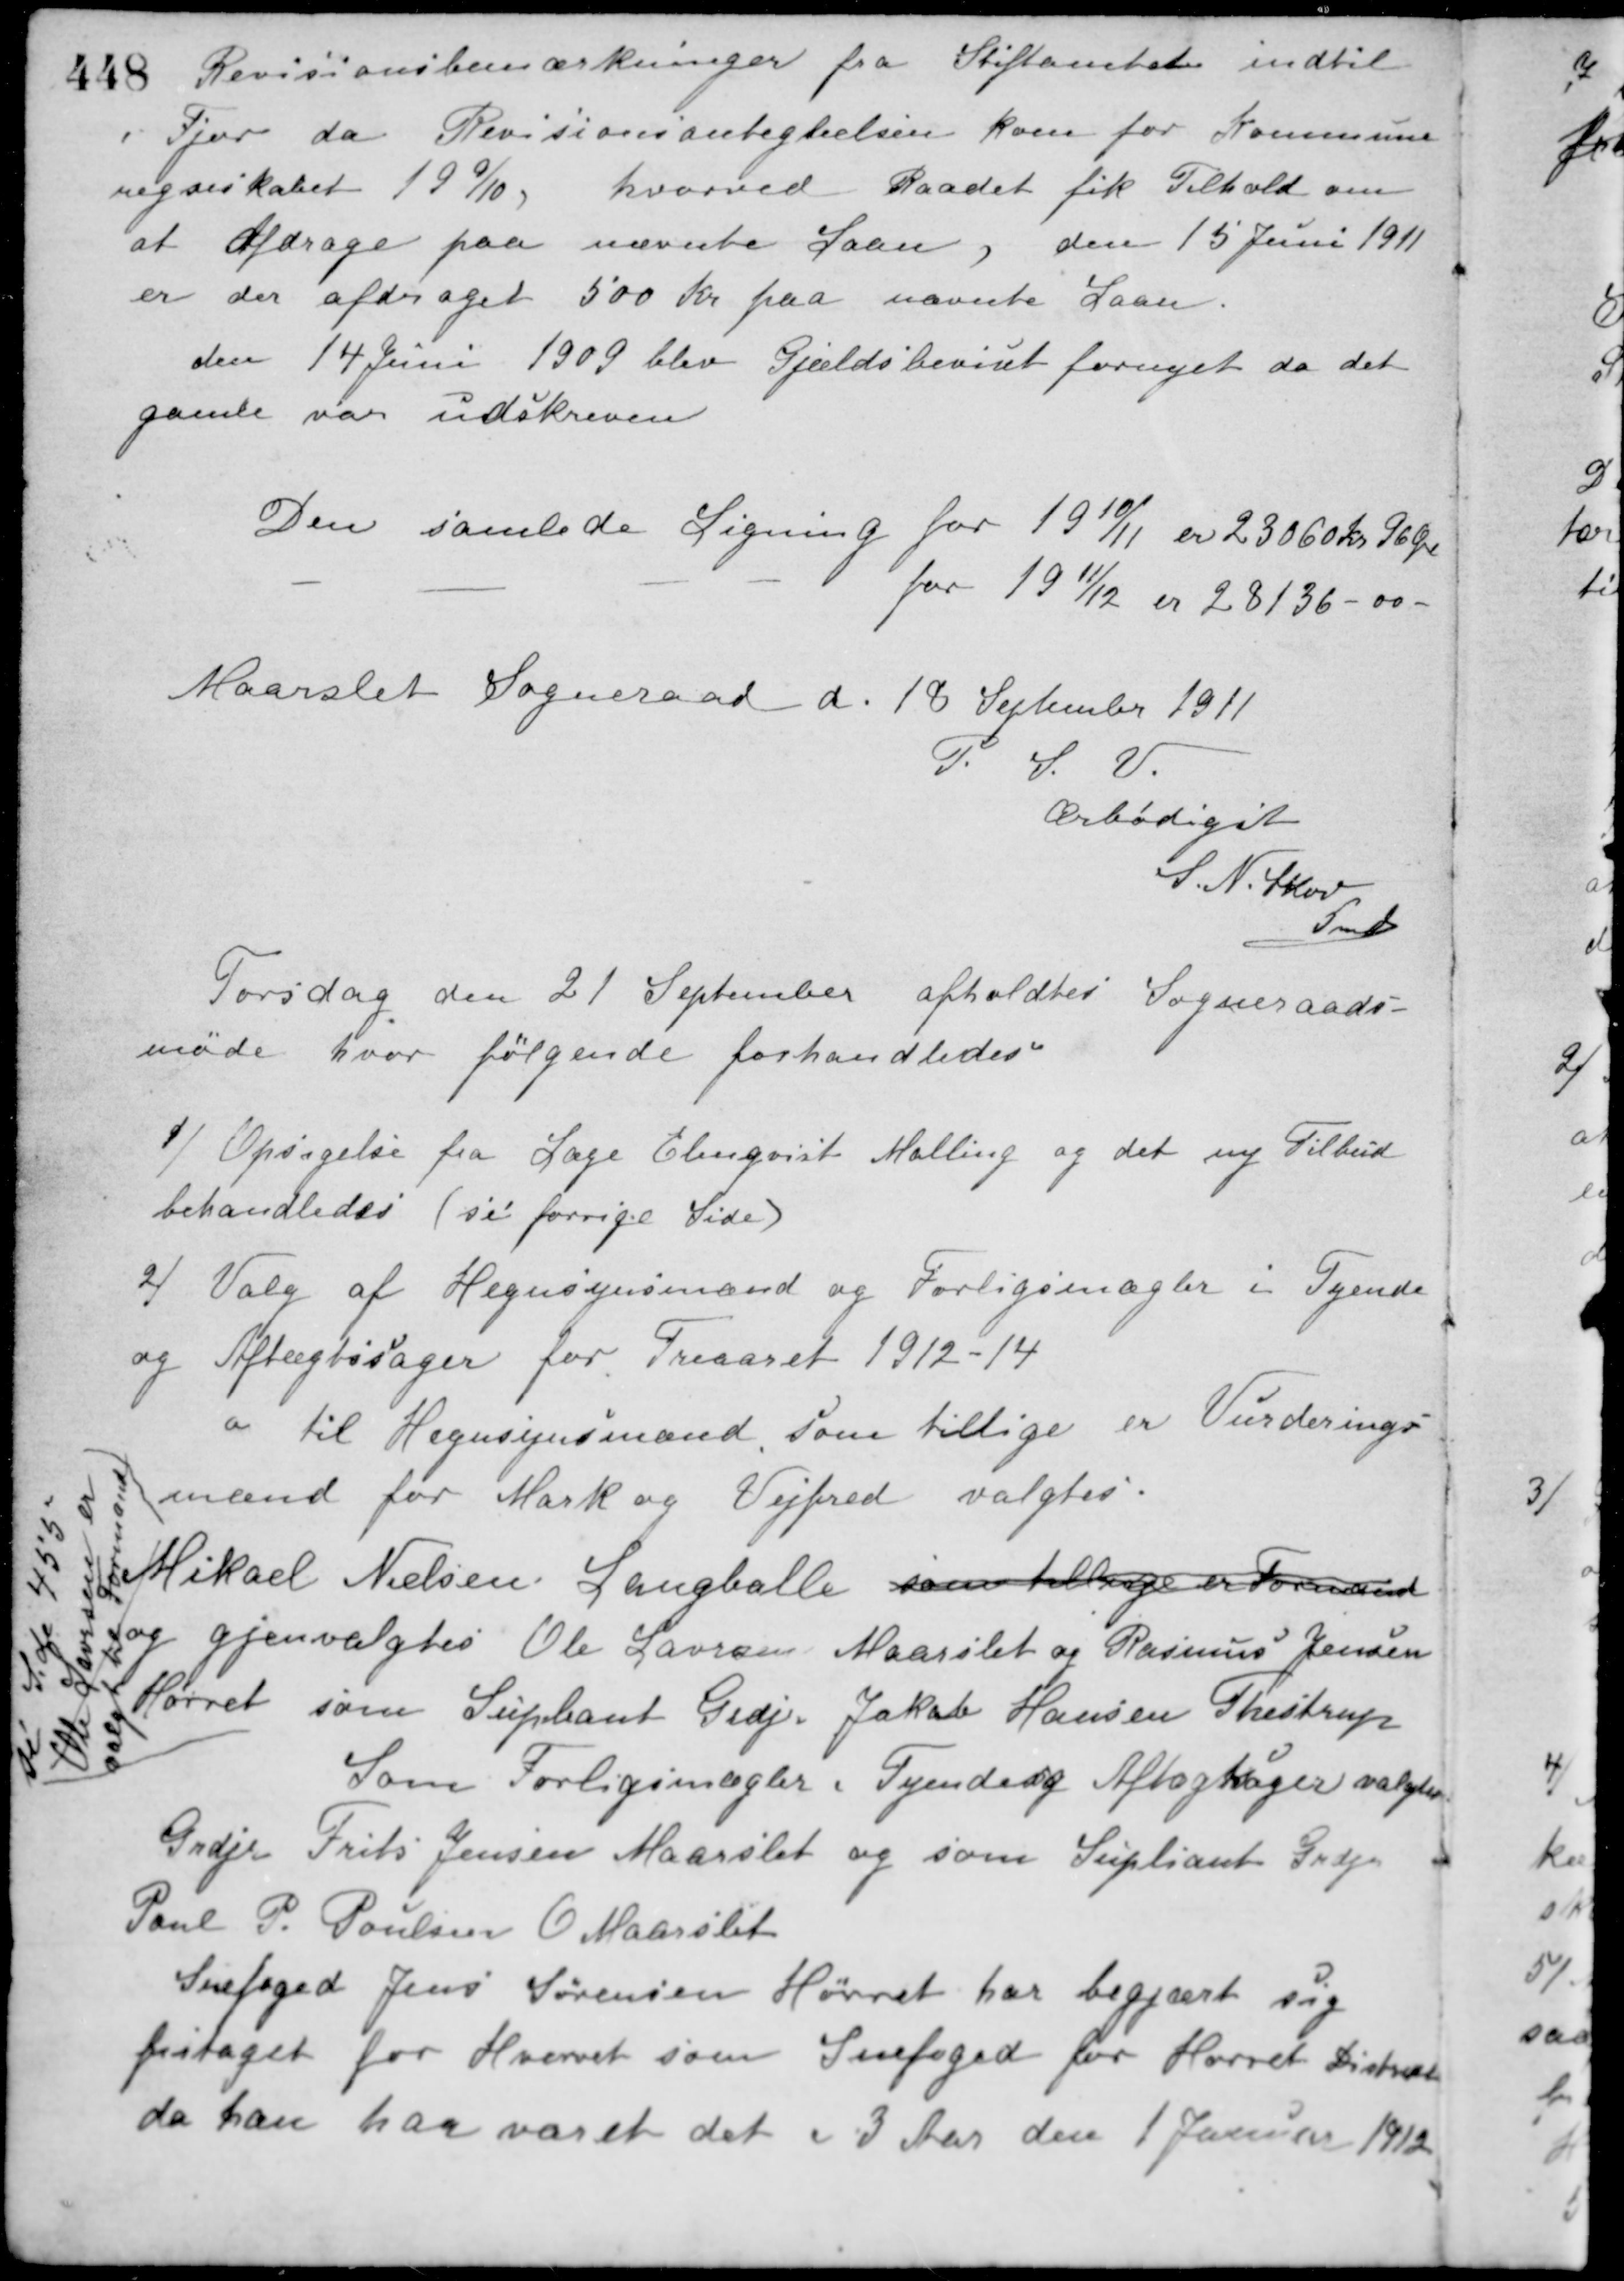
Transskription:
Revisionsbemærkninger fra Stiftamtet indtil
i Fjor da Revisionsantegtelsen kom for Kommune-
regneskabet 199/10 hvorved Raadet fik Tilhold om
at Afdrage paa nævnte Laan, den 15 Juni 1911
er der afdraget 500 Kr. paa nævnte Laan.
den 14 Juni 1909 blev Gjældsbeviset fornyet da det
gamle var udskreven.
Den samlede Ligning for 1910/11 er 23060 kr. 96 Øre
- - - for 1911/12 er 28136 - 00 -
Maarslet Sogneraad d. 18 September 1911
P. S. V.
Ærbødigst
S. N. Skov
Fmd.
Torsdag den 21 September afholdtes Sogneraads-
møde hvor følgende forhandledes
1/ Opsigelse fra Læge Elmqvist Malling og det ny Tilbud
behandledes (se forrige Side).
2/ Valg af Hegnsynsmænd og Forligsmægler i Tyende
og Aftægtssager for Treaaret 1912-14.
a til Hegnsynsmænd som tillige er Vurderings-
mænd for Mark og Vejfred valgtes.
Mikael Nielsen, Langballe som tillige Formand
og gjenvalgtes Ole Laursen Maarslet og Rasmus Jensen
Hørret som Supleant Grdjr. Jakob Hansen Thestrup
(Se Side 455
Ole Laursen er
valgt til Formand)
Som Forligsmægler i Tyende og Aftægtsager valgtes
Grdjr. Frits Jensen Maarslet og som Supliant Grdjr.
Poul P. Poulsen O. Maarslet.
Snefoged Jens Sørensen Hørret har begjært sig
fritaget for Hvervet som Snefoged for Hørret Distrikt
da han har været det i 3 Aar den 1 Januar 1912.